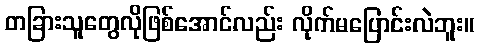
တခြားသူတွေလိုဖြစ်အောင်လည်း လိုက်မပြောင်းလဲဘူး။